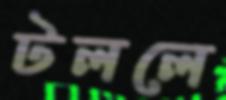
টললে